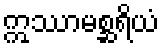
ဣဿာမစ္ဆရိယံ